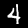
Digit: 4